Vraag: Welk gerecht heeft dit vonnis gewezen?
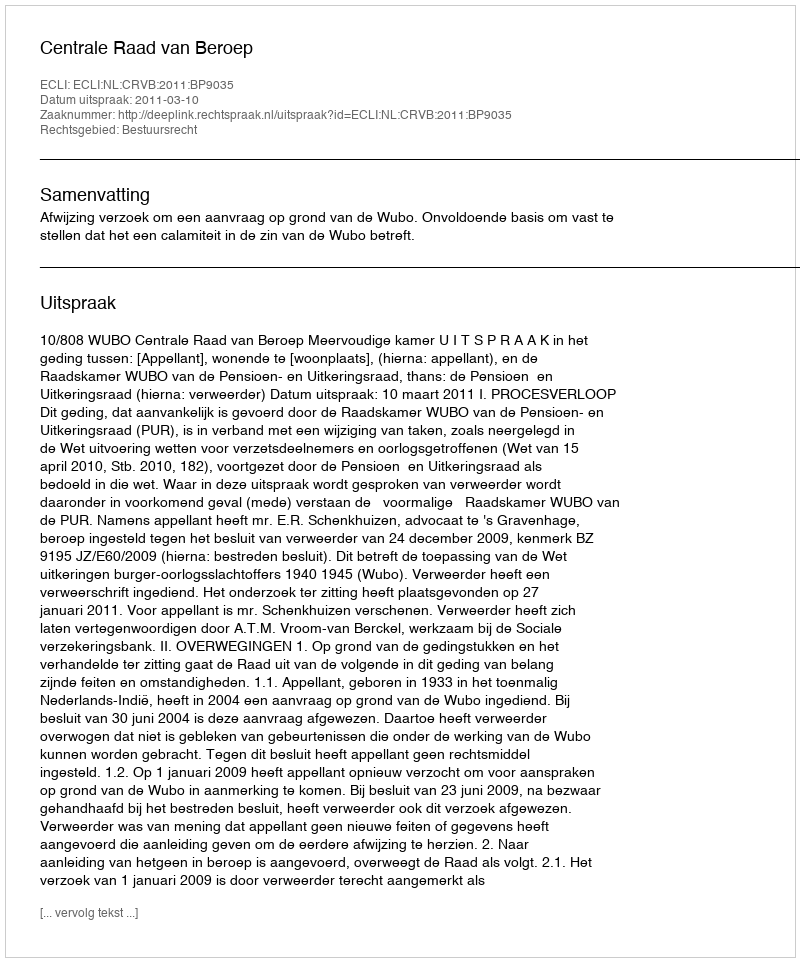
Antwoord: Centrale Raad van Beroep